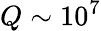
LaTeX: Q\sim 10^{7}